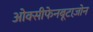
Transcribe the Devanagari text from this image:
ओक्सीफेनबूटाज़ोन